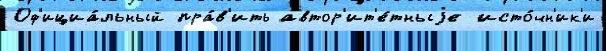
Оф'ициа́льный пра́в'ить автор'ит'е́тныjе исто́чн'ик'и